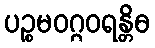
ပဉ္စမဝဂ္ဂဝရန္တိဓ